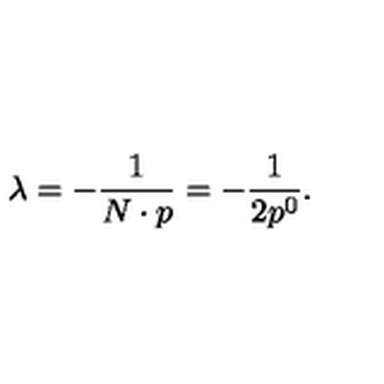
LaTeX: \lambda = - \frac { 1 } { N \cdot p } = - \frac { 1 } { 2 p ^ { 0 } } .